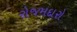
રોજમદારો